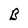
Character: B